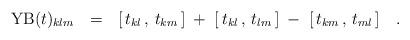
LaTeX: \begin{align*}{\rm YB}(t)_{klm}~~=~~[ \, t_{kl} \, , \, t_{km} \, ] \; + \; [ \, t_{kl} \, , \, t_{lm} \, ] \; - \; [ \, t_{km} \, , \, t_{ml} \, ]~~~. \end{align*}